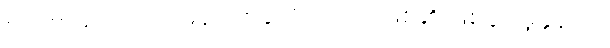
စည်းစိမ်တော် အမိန့်တစ်ခုလို အကျိုးဖြစ်၏ ဖြစ်ပွားမှုနှုန်းက